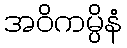
အဝိကမ္ပိနံ